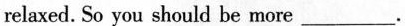
relaxed. So you should be more ___.